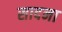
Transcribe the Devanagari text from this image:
सादना